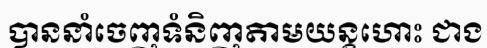
បាននាំចេញទំនិញតាមយន្តហោះ ជាង